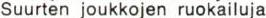
Suurten joukkojen ruokailuja